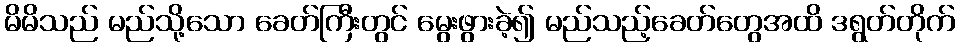
မိမိသည် မည်သို့သော ခေတ်ကြီးတွင် မွေးဖွားခဲ့၍ မည်သည့်ခေတ်တွေအထိ ဒရွတ်တိုက်